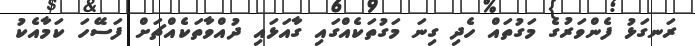
ރަނގަޅު ފެންވަރުގެ މަގުތައް ހެދި ގިނަ މަގުތަކެއްގައި ގާއަޅައި ދުއްވާތަކެއްޗަށް ފަސޭހަ ކަމާއެކު